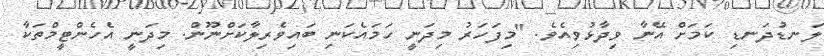
ލަނޑުދަނޑި ކަމަށް އޭނާ ވިދާޅުވިއެވެ. "މިފަހަރު މިދަނީ ހަމައެކަނި ބައިވެރިލާކަށްނޫން. މިދަނީ އެހެންޓީމްތަކާ